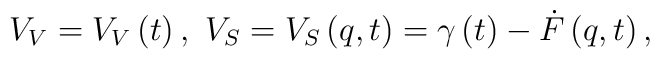
V_{V}=V_{V}\left( t\right) ,\,\,V_{S}=V_{S}\left( q,t\right) =\gamma \left(t\right) -\dot{F}\left( q,t\right) ,